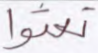
تعثوا